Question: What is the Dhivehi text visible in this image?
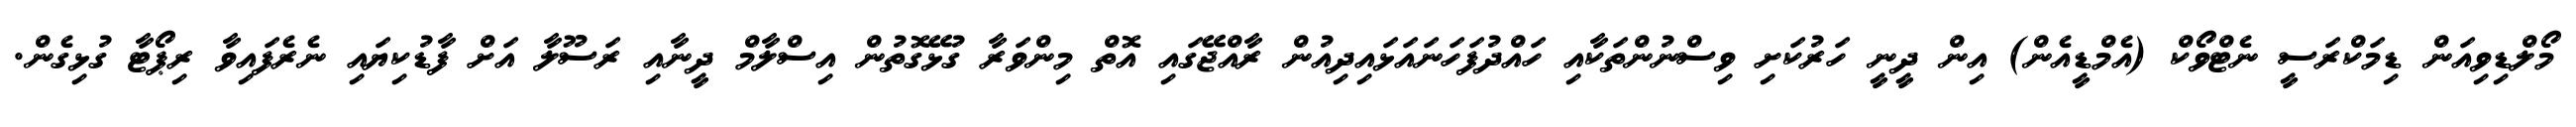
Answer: މޯލްޑިވިއަން ޑިމަކްރަސީ ނެޓްވޯކް (އެމްޑީއެން) އިން ދީނީ ހަރުކަށި ވިސްނުންތަކާއި ހައްދުފަހަނައަޅައިދިއުން ރާއްޖޭގައި އޮތް މިންވަރާ ގުޅޭގޮތުން އިސްލާމް ދީނާއި ރަސޫލާ އަށް ފާޑުކިޔައި ނެރެފައިވާ ރިޕޯޓާ ގުޅިގެން.